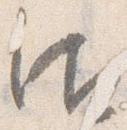
御